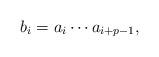
LaTeX: \begin{align*} b_i=a_i\cdots a_{i+p-1},\end{align*}